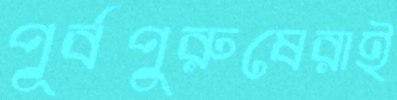
পূর্বপুরুষেরাই